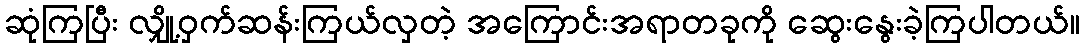
ဆုံကြပြီး လျှို့ဝှက်ဆန်းကြယ်လှတဲ့ အကြောင်းအရာတခုကို ဆွေးနွေးခဲ့ကြပါတယ်။